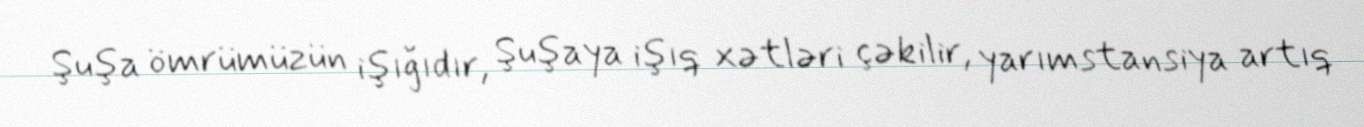
Şuşa ömrümüzün işığıdır, Şuşaya işıq xətləri çəkilir, yarımstansiya artıq